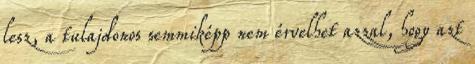
lesz, a tulajdonos semmiképp nem érvelhet azzal, hogy azt